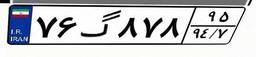
۴۱گ۵۵۷۴۲